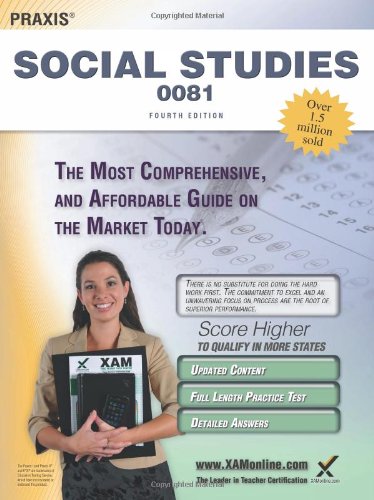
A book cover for Praxis Social Studies 0081 Teacher Certification Study Guide Test Prep; Sharon A Wynne; Test Preparation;